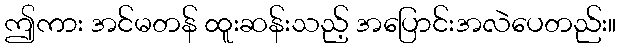
ဤကား အင်မတန် ထူးဆန်းသည့် အပြောင်းအလဲပေတည်း။